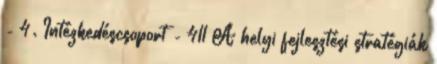
- 4. Intézkedéscsoport - 411 A helyi fejlesztési stratégiák